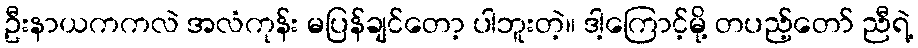
ဦးနာယကကလဲ အလံကုန်း မပြန်ချင်တော့ ပါဘူးတဲ့။ ဒါ့ကြောင့်မို့ တပည့်တော် ညီရဲ့